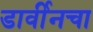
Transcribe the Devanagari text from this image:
डार्वीनचा